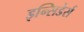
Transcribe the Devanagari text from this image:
इन्सिडेर्स